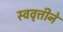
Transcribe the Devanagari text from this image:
स्ववृत्तीने